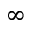
\infty